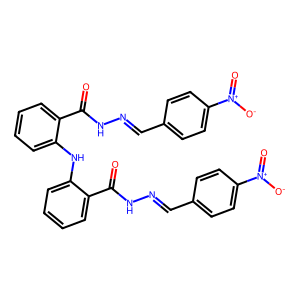
SMILES: O=C(NN=Cc1ccc([N+](=O)[O-])cc1)c1ccccc1Nc1ccccc1C(=O)NN=Cc1ccc([N+](=O)[O-])cc1
Inhibits HIV replication: No